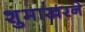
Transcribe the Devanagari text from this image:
शुमाखरने